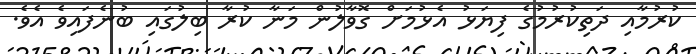
ކުރުމާއި ދަތިކުރުމުގެ ފިޔަަޅު އެޅުމަށް ގޮވާލުން މަނާ ކުރާ ބިލުގައި ބުނެފައިވެ އެވެ.